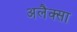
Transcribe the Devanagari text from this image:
अलैक्सा